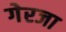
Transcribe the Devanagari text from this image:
गेरजा